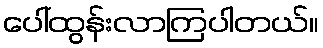
ပေါ်ထွန်းလာကြပါတယ်။